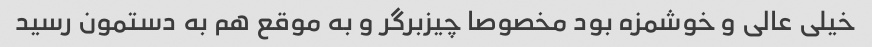
خیلی عالی و خوشمزه بود مخصوصا چیزبرگر و به موقع هم به دستمون رسید